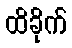
ထိခိုက်